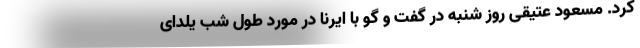
کرد. مسعود عتیقی روز شنبه در گفت و گو با ایرنا در مورد طول شب یلدای